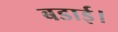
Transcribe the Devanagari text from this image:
बडाई।